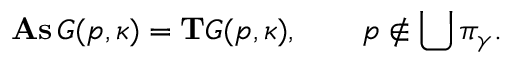
\mathrm { \bf A s } \, G ( p , \kappa ) = \mathrm { \bf T } G ( p , \kappa ) , \quad \quad p \notin \bigcup \pi _ { \gamma } .